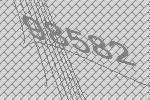
98582